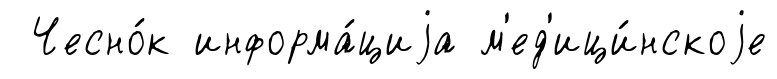
Чесно́к информа́циjа м'ед'ици́нскоjе